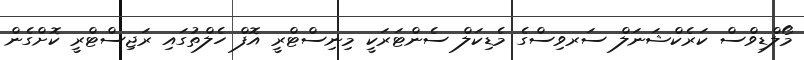
މޯލްޑިވްސް ކަރެކްޝަނަލް ސަރވިސްގެ މެޑިކަލް ސެންޓަރަކީ މިނިސްޓްރީ އޮފް ހެލްތުގައި ރަޖިސްޓްރީ ކޮށްގެން